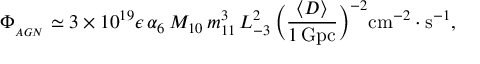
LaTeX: \Phi _ { _ { A G N } } \simeq 3 \times 1 0 ^ { 1 9 } \epsilon \, \alpha _ { 6 } \, M _ { 1 0 } \, m _ { 1 1 } ^ { 3 } \, L _ { - 3 } ^ { 2 } \, \Bigl ( { \frac { \langle D \rangle } { 1 \, \mathrm { G p c } } } \Bigr ) ^ { - 2 } \mathrm { c m } ^ { - 2 } \cdot \mathrm { s } ^ { - 1 } ,